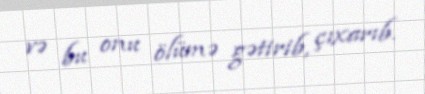
və bu onu ölümə gətirib, çıxarıb.